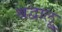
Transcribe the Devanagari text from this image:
श्रद्वालू